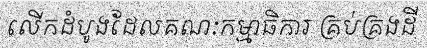
លើកដំបូងដែលគណៈកម្មាធិការ គ្រប់គ្រងដី